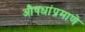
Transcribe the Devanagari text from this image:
औषधांप्रमाणे